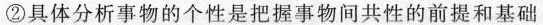
②具体分析事物的个性是把握事物间共性的前提和基础